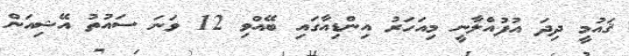
ޤައުމީ ދިދަ އުފުއްލާނީ މިއަހަރު އިންޑިއާގައި ބޭއްވި 12 ވަނަ ސައުތު އޭޝިއަން